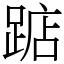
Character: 踮